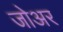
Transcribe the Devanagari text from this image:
जोअर